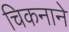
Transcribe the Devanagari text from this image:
चिकनाने